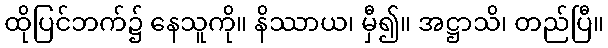
ထိုပြင်ဘက်၌ နေသူကို။ နိဿာယ၊ မှီ၍။ အဋ္ဌာသိ၊ တည်ပြီ။